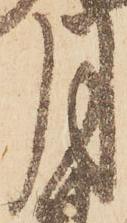
月